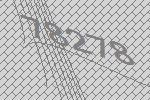
78278